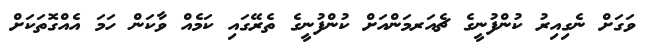
ވަގަށް ނެގިއިރު ކުންފުނީގެ ޗެއަރމަންއަށް ކުންފުނީގެ ތެރޭގައި ކަމެއް ވާކަން ހަމަ އެއްގޮތަކަށް